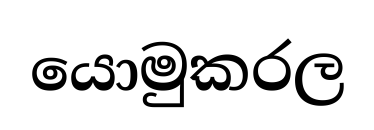
යොමුකරල